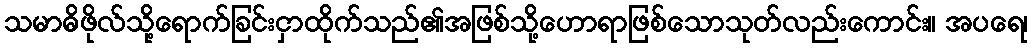
သမာဓိဖိုလ်သို့ရောက်ခြင်းငှာထိုက်သည်၏အဖြစ်သို့ဟောရာဖြစ်သောသုတ်လည်းကောင်း။ အပရေ၊